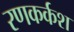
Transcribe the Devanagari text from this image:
रणकर्कश